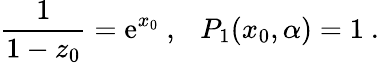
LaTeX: {\frac{1}{1-z_{0}}}=\mathrm{e}^{x_{0}}\ ,\ \ \ P_{1}(x_{0},\alpha)=1\ .